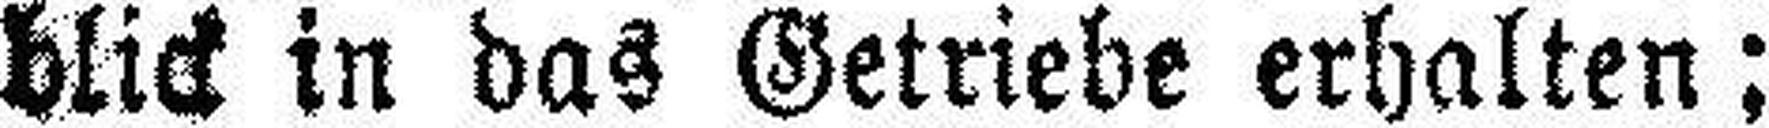
blick in das Getriebe erhalten;